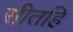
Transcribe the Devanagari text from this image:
सीतहि